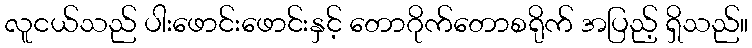
လူငယ်သည် ပါးဖောင်းဖောင်းနှင့် တောဂိုက်တောစရိုက် အပြည့် ရှိသည်။